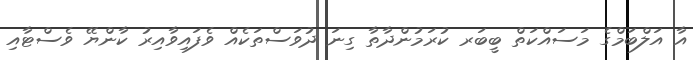
އާ އަލްބަމްގެ މަސައްކަތް ބީބަރ ކުރަމުންދާތާ ގިނަ ދުވަސްތަކެއް ވެފައިވާއިރު ކާންޔޭ ވެސްޓާއި